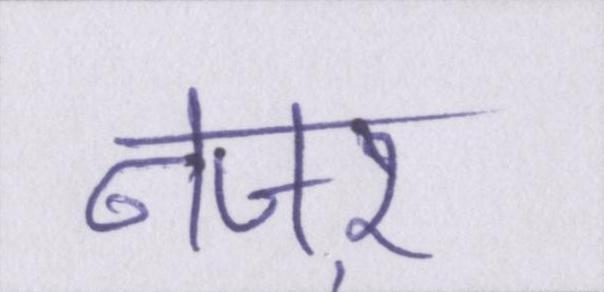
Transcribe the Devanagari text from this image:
नजऱ